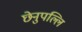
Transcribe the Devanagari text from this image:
छेनुपल्लि